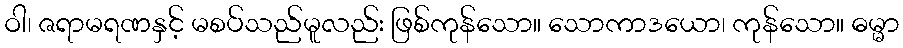
ဝါ၊ ဇရာမရဏနှင့် မစပ်သည်မူလည်း ဖြစ်ကုန်သော။ သောကာဒယော၊ ကုန်သော။ ဓမ္မာ